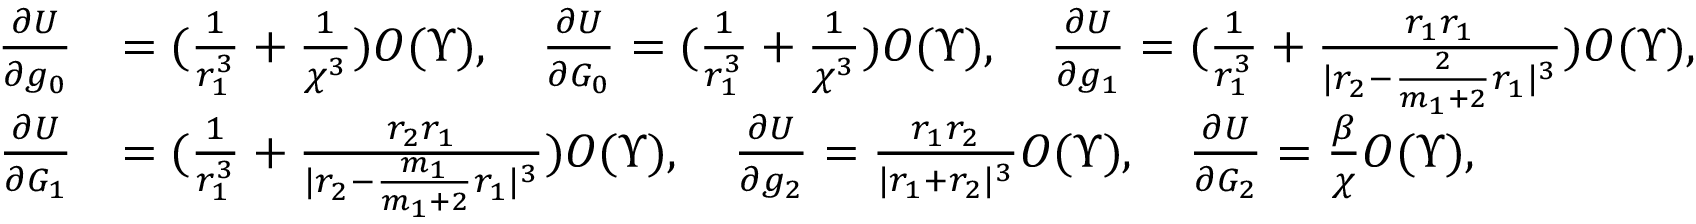
\begin{array} { r l } { \frac { \partial U } { \partial g _ { 0 } } } & { = ( \frac { 1 } { r _ { 1 } ^ { 3 } } + \frac { 1 } { \chi ^ { 3 } } ) O ( \Upsilon ) , \quad \frac { \partial U } { \partial G _ { 0 } } = ( \frac { 1 } { r _ { 1 } ^ { 3 } } + \frac { 1 } { \chi ^ { 3 } } ) O ( \Upsilon ) , \quad \frac { \partial U } { \partial g _ { 1 } } = ( \frac { 1 } { r _ { 1 } ^ { 3 } } + \frac { r _ { 1 } r _ { 1 } } { | r _ { 2 } - \frac { 2 } { m _ { 1 } + 2 } r _ { 1 } | ^ { 3 } } ) O ( \Upsilon ) , } \\ { \frac { \partial U } { \partial G _ { 1 } } } & { = ( \frac { 1 } { r _ { 1 } ^ { 3 } } + \frac { r _ { 2 } r _ { 1 } } { | r _ { 2 } - \frac { m _ { 1 } } { m _ { 1 } + 2 } r _ { 1 } | ^ { 3 } } ) O ( \Upsilon ) , \quad \frac { \partial U } { \partial g _ { 2 } } = \frac { r _ { 1 } r _ { 2 } } { | r _ { 1 } + r _ { 2 } | ^ { 3 } } O ( \Upsilon ) , \quad \frac { \partial U } { \partial G _ { 2 } } = \frac { \beta } { \chi } O ( \Upsilon ) , } \end{array}